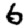
Digit: 6